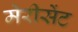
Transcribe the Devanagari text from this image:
मेरीसेंट